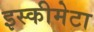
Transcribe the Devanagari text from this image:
इस्कीमेटा